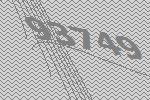
93749